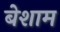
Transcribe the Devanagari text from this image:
बेशाम